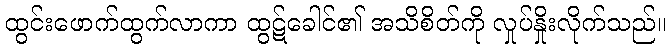
ထွင်းဖောက်ထွက်လာကာ ထွဋ်ခေါင်၏ အသိစိတ်ကို လှုပ်နှိုးလိုက်သည်။